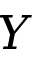
Y